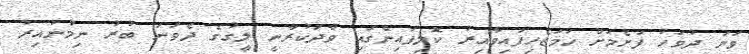
ވަނަ ދުވަހު ފަށެމަށް ހަމަޖެހިފައިވާއިރު ކޮލިފައިންގައި ވާދަކުރާނީ ލީގުގެ ދެވަނަ ބުރު ނިމުނުއިރު